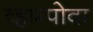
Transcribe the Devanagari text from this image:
व्हाम्पोवा